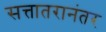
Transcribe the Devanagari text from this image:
सत्तातरानंतर